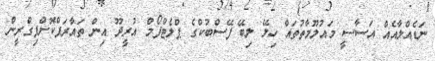
ނަޑެއްލާއެއް އަސާސީ މައުލޫމާތުތައް ހިލޭ ލިބޭ ފޭސްބުކްގެ ޕްލެޓްފޯމް އުރީދޫ އިން ތައާރަފްކޮށްފިގްރީން